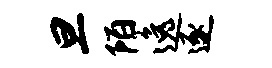
旦陌逸逐